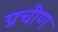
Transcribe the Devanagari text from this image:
प्रचीण